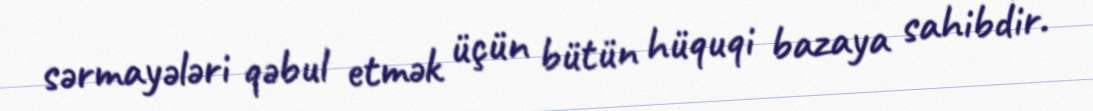
sərmayələri qəbul etmək üçün bütün hüquqi bazaya sahibdir.